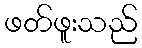
ဖတ်ဖူးသည်